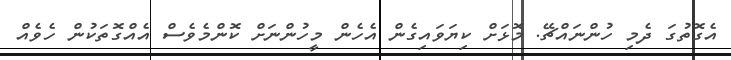
އެގޮތުގަ ދެމި ހުންނައްޗޭ. މޮޅަށް ކިޔަވައިގެން އެހެން މީހުންނަށް ކޮންމެވެސް އެއްގޮތަކުން ހެވެއް